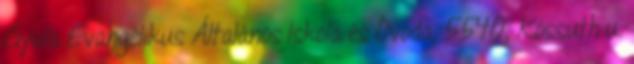
Gyula Evangélikus Általános Iskola és Óvoda, 5540, Kossuth u.